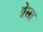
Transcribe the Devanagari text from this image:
प्रेला